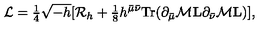
{ \cal L } = { \textstyle { \frac { 1 } { 4 } } } \sqrt { - h } [ { \cal R } _ { h } + { \textstyle { \frac { 1 } { 8 } } } h ^ { \bar { \mu } \bar { \nu } } \mathrm { T r } ( \partial _ { \bar { \mu } } { \cal M } { \bf L } \partial _ { \bar { \nu } } { \cal M } { \bf L } ) ] ,